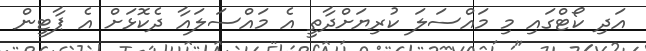
އަދި ކޯޓްގައި މި މައްސަލަ ކުރިޔަށްދާތީ އެ މައްސަލައާ ދެކޮޅަށް އެ ޕާޓީން